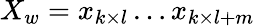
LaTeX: X_{w}=x_{k\times l}\dots x_{k\times l+m}